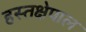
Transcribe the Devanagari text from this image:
हस्तक्षेपाल